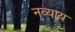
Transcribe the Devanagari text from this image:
नव्याय